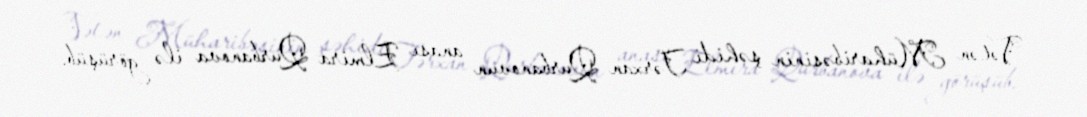
Vətən Müharibəsinin şəhidi Tərxan Qurbanovun anası Elmira Qurbanova ilə görüşüb.